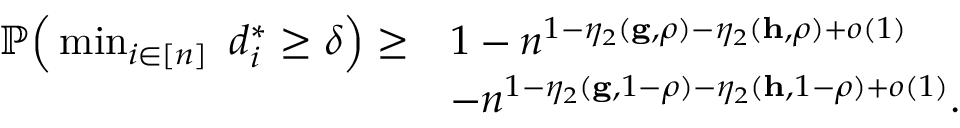
\begin{array} { r l } { { \mathbb P } \Big ( \operatorname* { m i n } _ { i \in [ n ] } ~ d _ { i } ^ { * } \geq \delta \Big ) \geq } & { 1 - n ^ { 1 - \eta _ { 2 } ( \mathbf { g } , \rho ) - \eta _ { 2 } ( \mathbf { h } , \rho ) + o ( 1 ) } } \\ & { - n ^ { 1 - \eta _ { 2 } ( \mathbf { g } , 1 - \rho ) - \eta _ { 2 } ( \mathbf { h } , 1 - \rho ) + o ( 1 ) } . } \end{array}